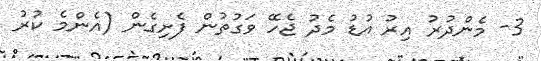
3- މެންދުރު އިރު އުޑު މެދު ޖެހޭ ވަގުތުން ފެށިގެން (އެންމެ ކުރު